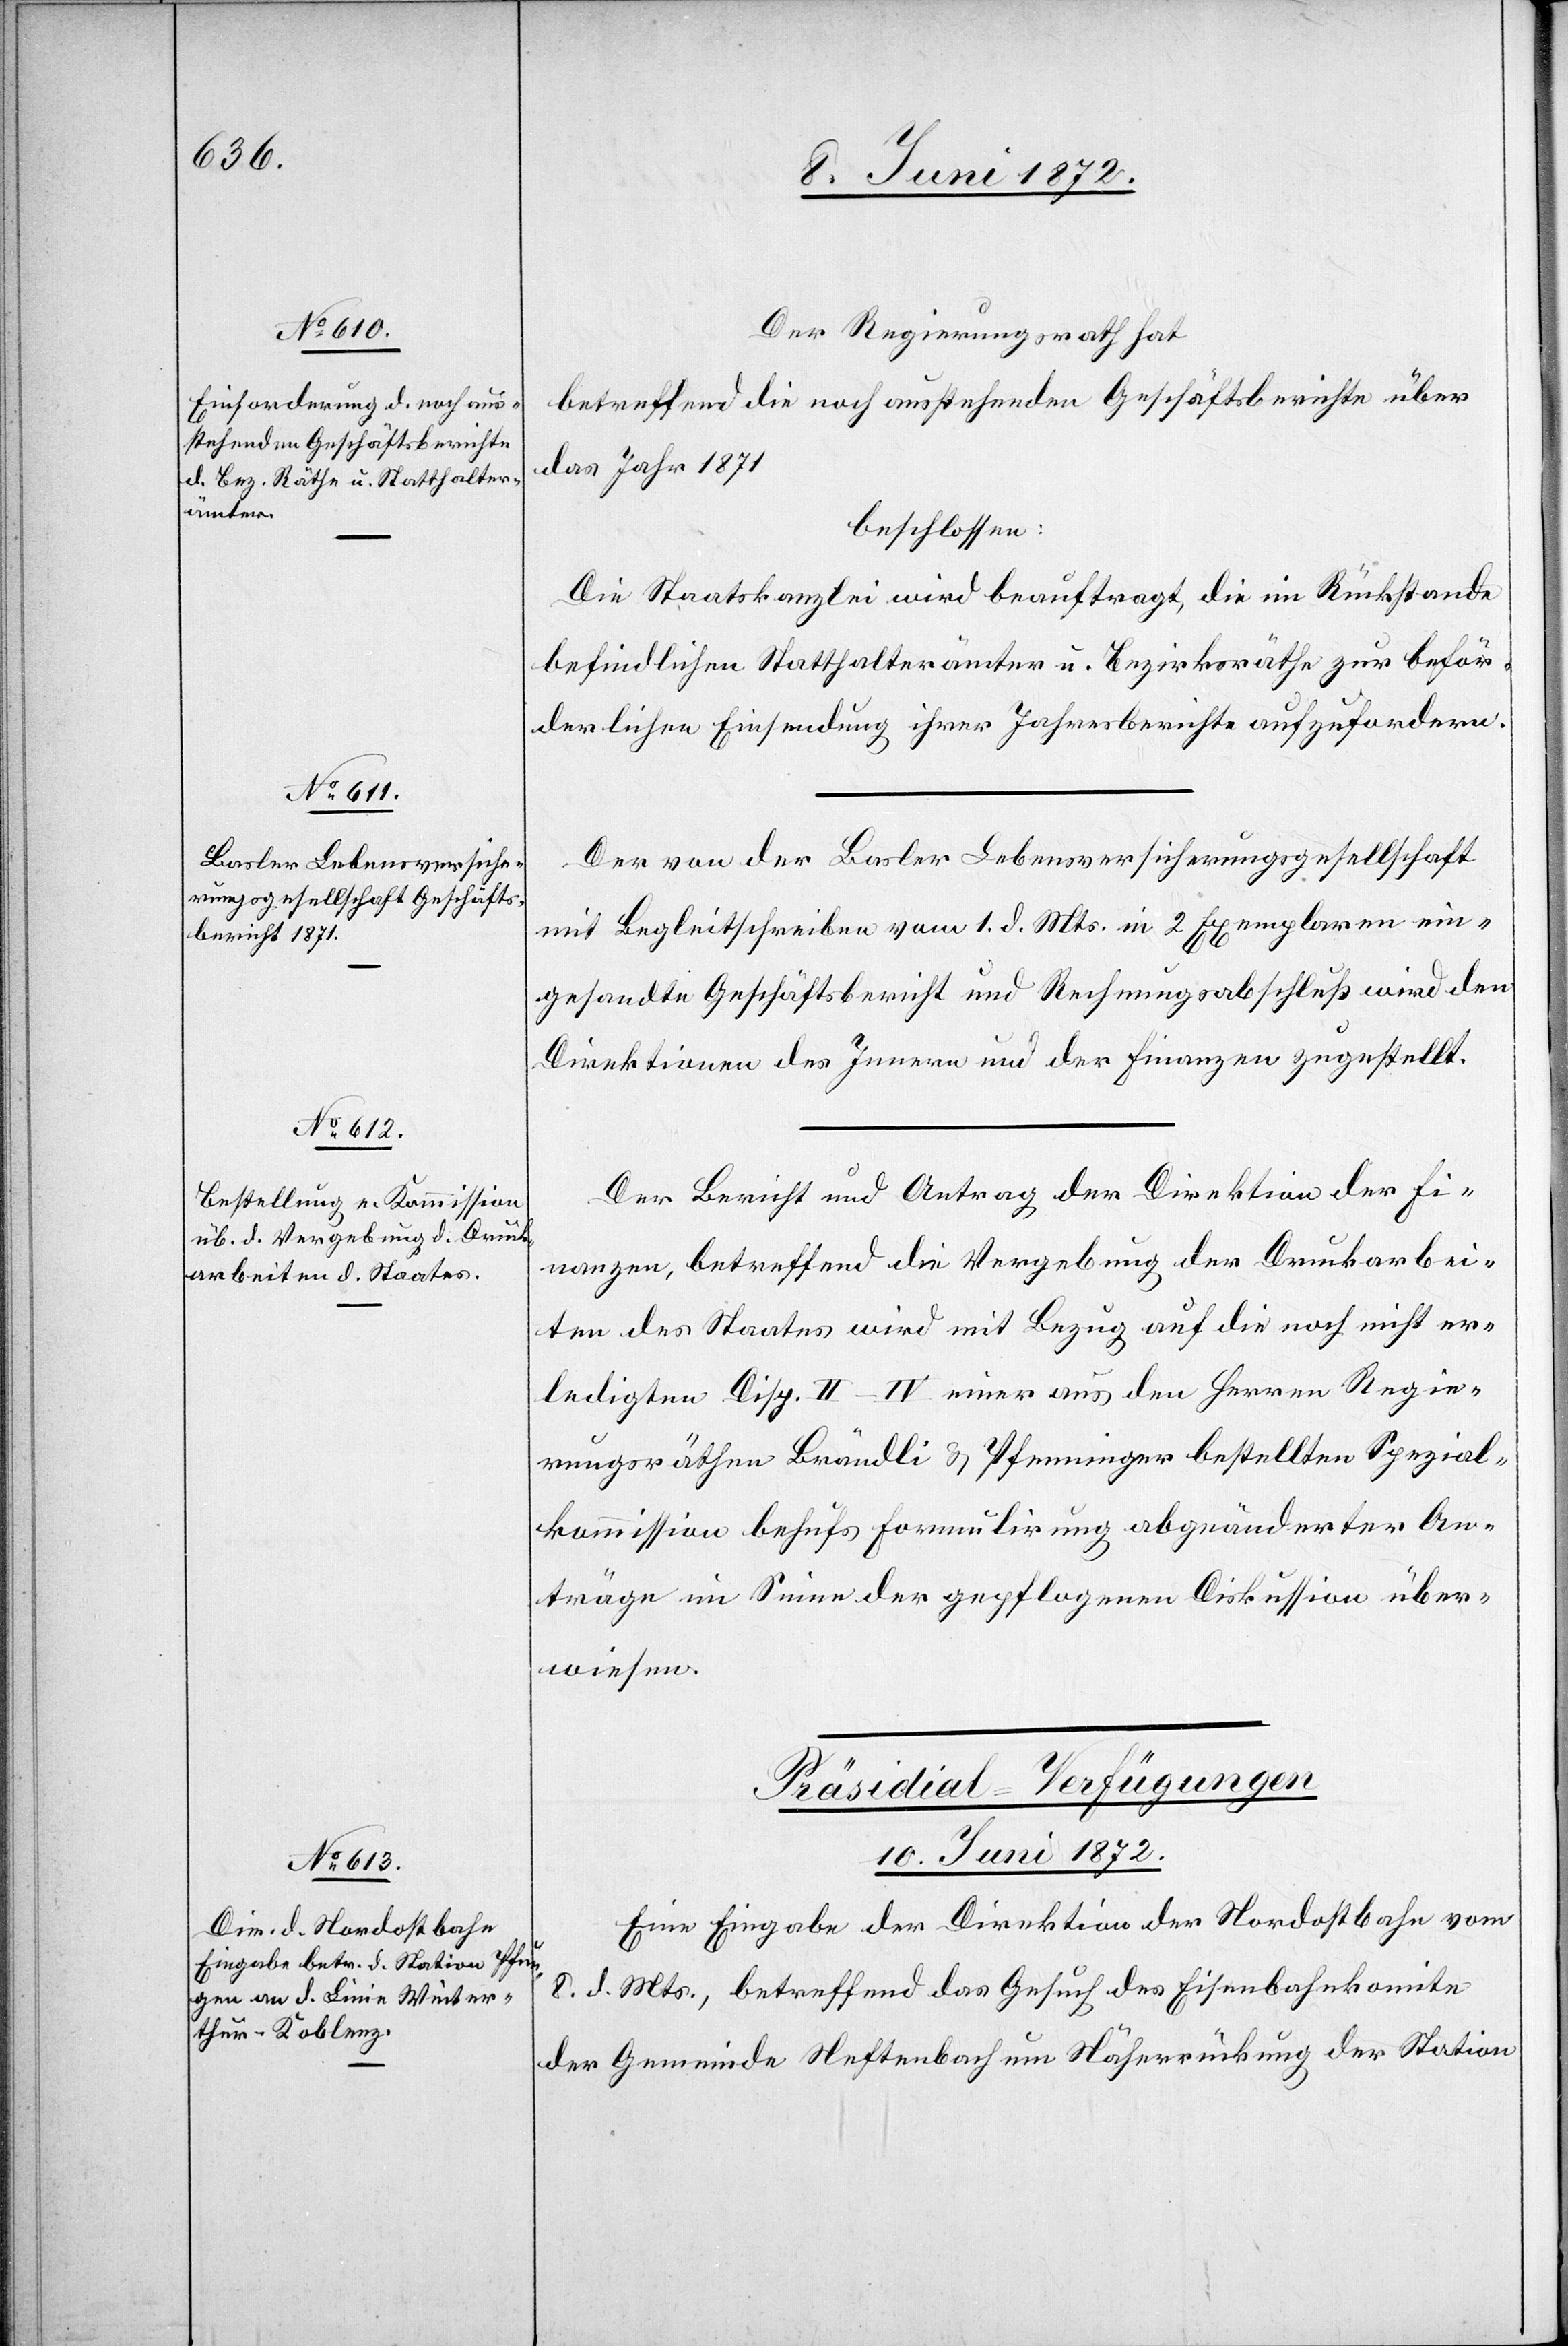
Der Regierungsrath hat
betreffend die noch ausstehenden Geschäftsberichte über
das Jahr 1871
beschlossen:
Die Staatskanzlei wird beauftragt, die im Rückstande
befindlichen Statthalterämter u. Bezirksräthe zur beför¬
derlichen Einsendung ihrer Jahresberichte aufzufordern.
Der von der Basler Lebensversicherungsgesellschaft
mit Begleitschreiben vom 1. d. Mts. in 2 Exemplaren ein¬
gesandte Geschäftsbericht und Rechnungsabschluß wird den
Direktionen des Innern und der Finanzen zugestellt.
Der Bericht und Antrag der Direktion der Fi¬
nanzen, betreffend die Vergebung der Druckarbei¬
ten des Staates wird mit Bezug auf die noch nicht er¬
ledigten Disp. II–IV einer aus den Herren Regie¬
rungsräthen Brändli u. Pfenninger bestellten Spezial¬
kommission behufs Formulirung abgeänderter An¬
träge im Sinne der gepflogenen Diskussion über¬
wiesen.
Präsidial-Verfügungen
10. Juni 1872.
Eine Eingabe der Direktion der Nordostbahn vom
8. d. Mts., betreffend das Gesuch des Eisenbahnkomite
der Gemeinde Neftenbach um Näherrückung der Station